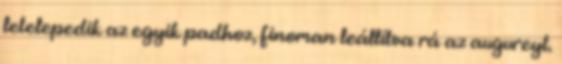
letelepedik az egyik padhoz, finoman leállítva rá az augureyt.